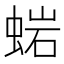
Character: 𧌹